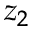
z _ { 2 }